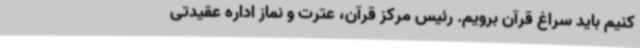
کنیم باید سراغ قرآن برویم. رئیس مرکز قرآن، عترت و نماز اداره عقیدتی